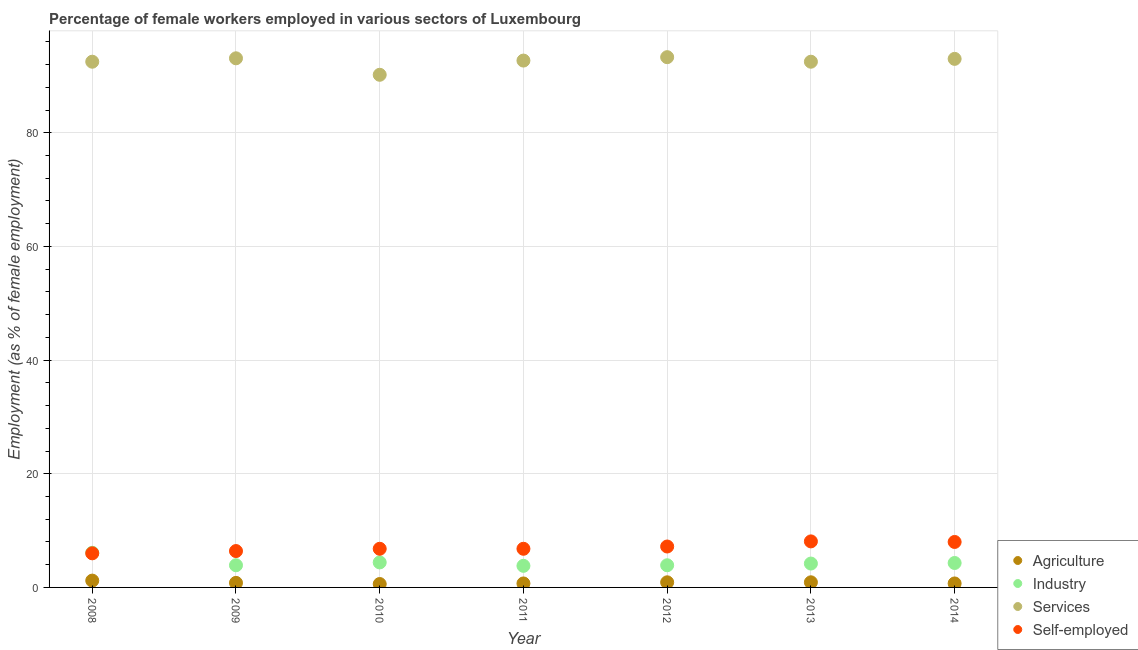
| Year | Agriculture | Industry | Services | Self-employed |
 | --- | --- | --- | --- | --- |
 | 2008 | 1.2 | 6.1 | 92.5 | 6 |
 | 2009 | 0.8 | 3.9 | 93.1 | 6.4 |
 | 2010 | 0.6 | 4.4 | 90.2 | 6.8 |
 | 2011 | 0.7 | 3.8 | 92.7 | 6.8 |
 | 2012 | 0.9 | 3.9 | 93.3 | 7.2 |
 | 2013 | 0.9 | 4.2 | 92.5 | 8.1 |
 | 2014 | 0.7 | 4.3 | 93 | 8 |